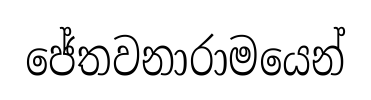
ජේතවනාරාමයෙන්